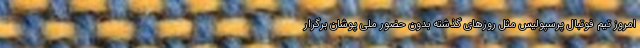
امروز تیم فوتبال پرسپولیس مثل روزهای گذشته بدون حضور ملی پوشان برگزار